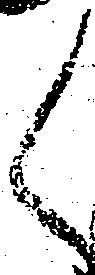
く